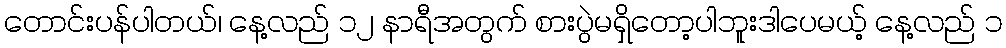
တောင်းပန်ပါတယ်၊ နေ့လည် ၁၂ နာရီအတွက် စားပွဲမရှိတော့ပါဘူးဒါပေမယ့် နေ့လည် ၁